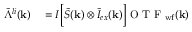
\begin{array} { r l } { \tilde { \Lambda } ^ { l i } ( \mathbf { k } ) } & { { } = I \bigg [ \tilde { S } ( \mathbf { k } ) \otimes \tilde { I } _ { e x } ( \mathbf { k } ) \bigg ] \mathrm { ~ O ~ T ~ F ~ } _ { \mathrm { w f } } ( \mathbf { k } ) } \end{array}